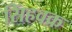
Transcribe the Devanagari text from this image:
सिंहवक्र